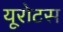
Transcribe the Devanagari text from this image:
यूरोटस